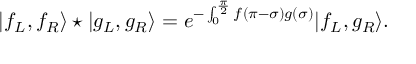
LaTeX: | f _ { L } , f _ { R } \rangle \star | g _ { L } , g _ { R } \rangle = e ^ { - \int _ { 0 } ^ { \frac { \pi } { 2 } } f ( \pi - \sigma ) g ( \sigma ) } | f _ { L } , g _ { R } \rangle .